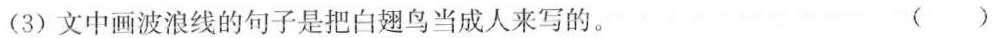
(3)文中画波浪线的句子是把白翅鸟当成人来写的。 ()